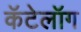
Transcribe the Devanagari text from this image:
कॅटेलॉग